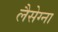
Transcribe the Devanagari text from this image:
लैसेग्ना